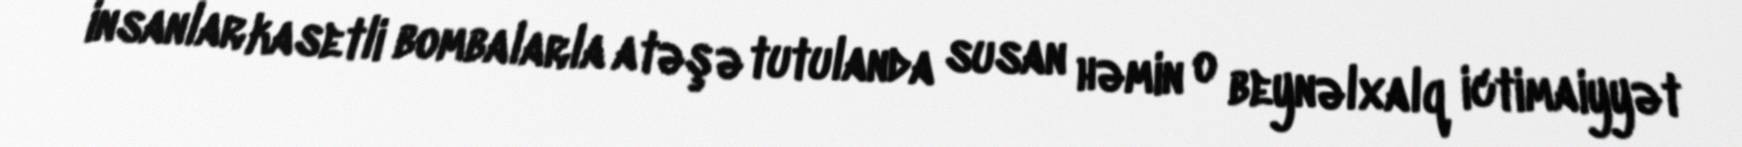
insanlar kasetli bombalarla atəşə tutulanda susan həmin o beynəlxalq ictimaiyyət